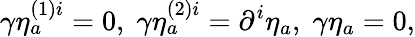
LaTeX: \gamma\eta_{a}^{\left(1\right)i}=0,\; \gamma\eta_{a}^{\left(2\right)i}=\partial^{i}\eta_{a},\; \gamma\eta_{a}=0,